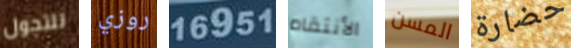
للتجول روزي 16951 الأنتقام المسن حضارة